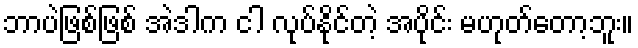
ဘာပဲဖြစ်ဖြစ် အဲဒါက ငါ လုပ်နိုင်တဲ့ အပိုင်း မဟုတ်တော့ဘူး။